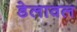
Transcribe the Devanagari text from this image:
डेलावल